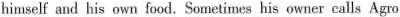
himself and his own food. Sometimes his owner calls Agro